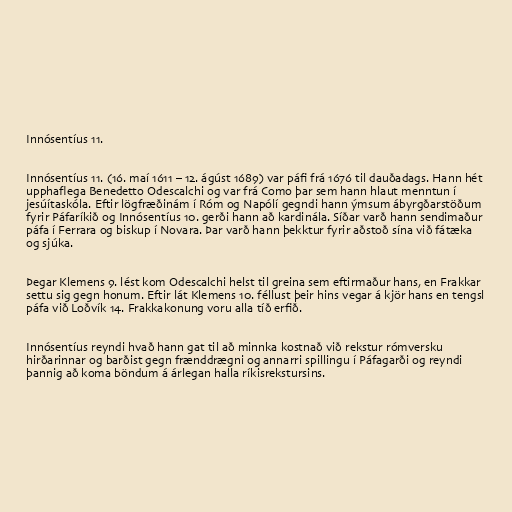
Innósentíus 11.

Innósentíus 11. (16. maí 1611 – 12. ágúst 1689) var páfi frá 1676 til dauðadags. Hann hét
upphaflega Benedetto Odescalchi og var frá Como þar sem hann hlaut menntun í
jesúítaskóla. Eftir lögfræðinám í Róm og Napólí gegndi hann ýmsum ábyrgðarstöðum
fyrir Páfaríkið og Innósentíus 10. gerði hann að kardinála. Síðar varð hann sendimaður
páfa í Ferrara og biskup í Novara. Þar varð hann þekktur fyrir aðstoð sína við fátæka
og sjúka.

Þegar Klemens 9. lést kom Odescalchi helst til greina sem eftirmaður hans, en Frakkar
settu sig gegn honum. Eftir lát Klemens 10. féllust þeir hins vegar á kjör hans en tengsl
páfa við Loðvík 14. Frakkakonung voru alla tíð erfið.

Innósentíus reyndi hvað hann gat til að minnka kostnað við rekstur rómversku
hirðarinnar og barðist gegn frænddrægni og annarri spillingu í Páfagarði og reyndi
þannig að koma böndum á árlegan halla ríkisrekstursins.